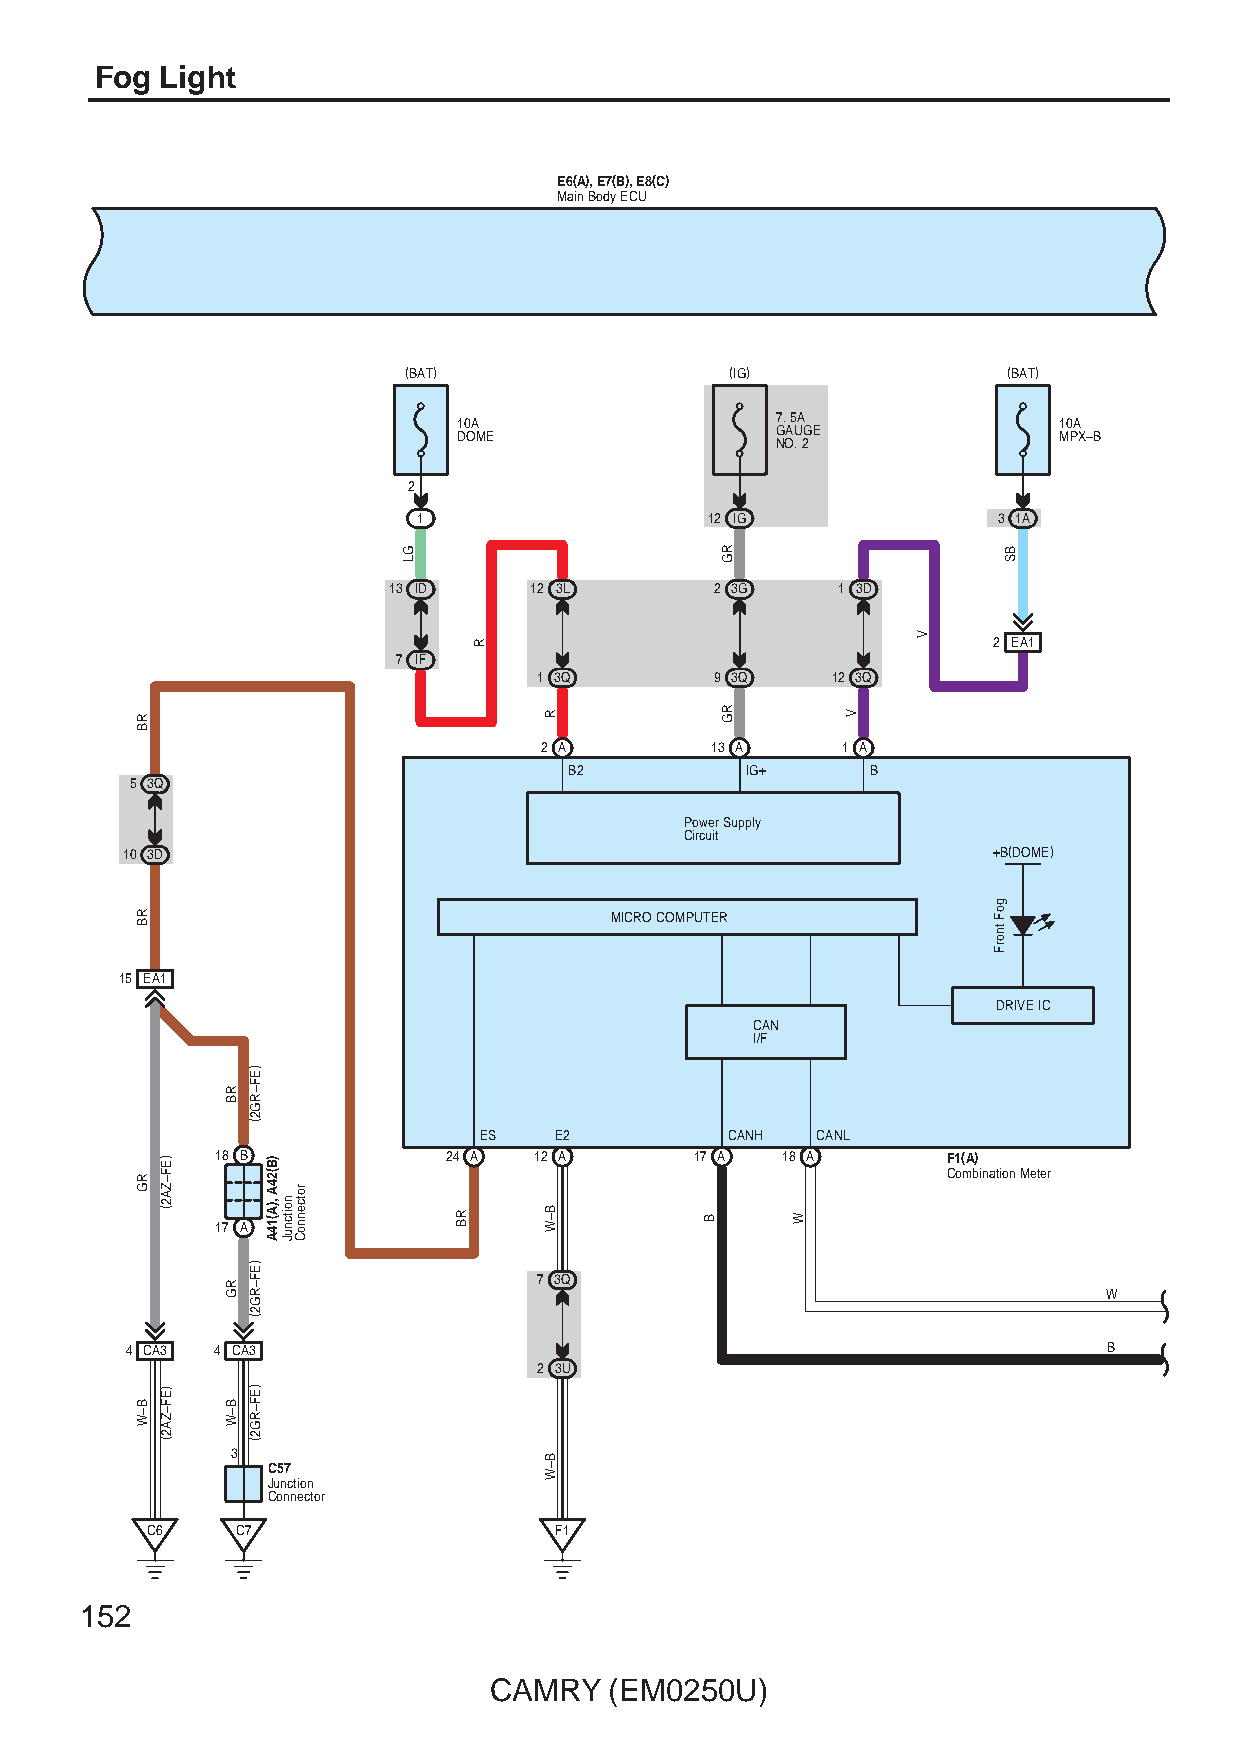
Fog  Light
 E6(A), E7(B), E8(C)
 Main Body ECU
 (BAT)                (IG)               (BAT)
 10A                  7. 5A              10A
 DOME                 GAUGE              MPX–B
 NO. 2
 2
 1                  12 IG              3 1A
 13 ID    12 3L       2 3G    1 3D
 2 EA1
 7 IF
 1 3Q       9 3Q    12 3Q
 2 A        13 A     1 A
 B2         IG+      B
 5 3Q
 Power Supply
 Circuit
 10 3D                                                     +B(DOME)
 MICRO COMPUTER
 15 EA1
 DRIVE IC
 CAN
 I/F
 ES   E2         CANH  CANL
 18 B           24 A  12 A       17 A  18 A       F1(A)
 Combination Meter
 17 A
 7 3Q
 W
 4 CA3 4 CA3                                                      B
 2 3U
 3
 C57
 Junction
 Connector
 C6    C7                   F1
 152
 CAMRY   (EM0250U)
 RB
 RB
 RG
 B–W
 )EF–ZA2(
 )EF–ZA2(
 RB
 RG
 B–W
 )EF–RG2(
 )EF–RG2(
 )EF–RG2(
 )B(24A
 ,)A(14A noitcnuJ
 rotcennoC
 GL
 RB
 R
 R
 B–W
 B–W
 B
 RG
 RG
 W
 V
 V
 goF
 tnorF
 BS